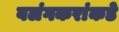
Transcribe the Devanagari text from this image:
वलंगकरांकडे